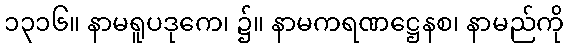
၁၃၁၆။ နာမရူပဒုကေ၊ ၌။ နာမကရဏဋ္ဌေနစ၊ နာမည်ကို